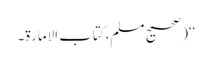
‘‘(صحیح مسلم،کتاب الامارة۔